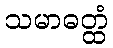
သမာဓတ္ထံ